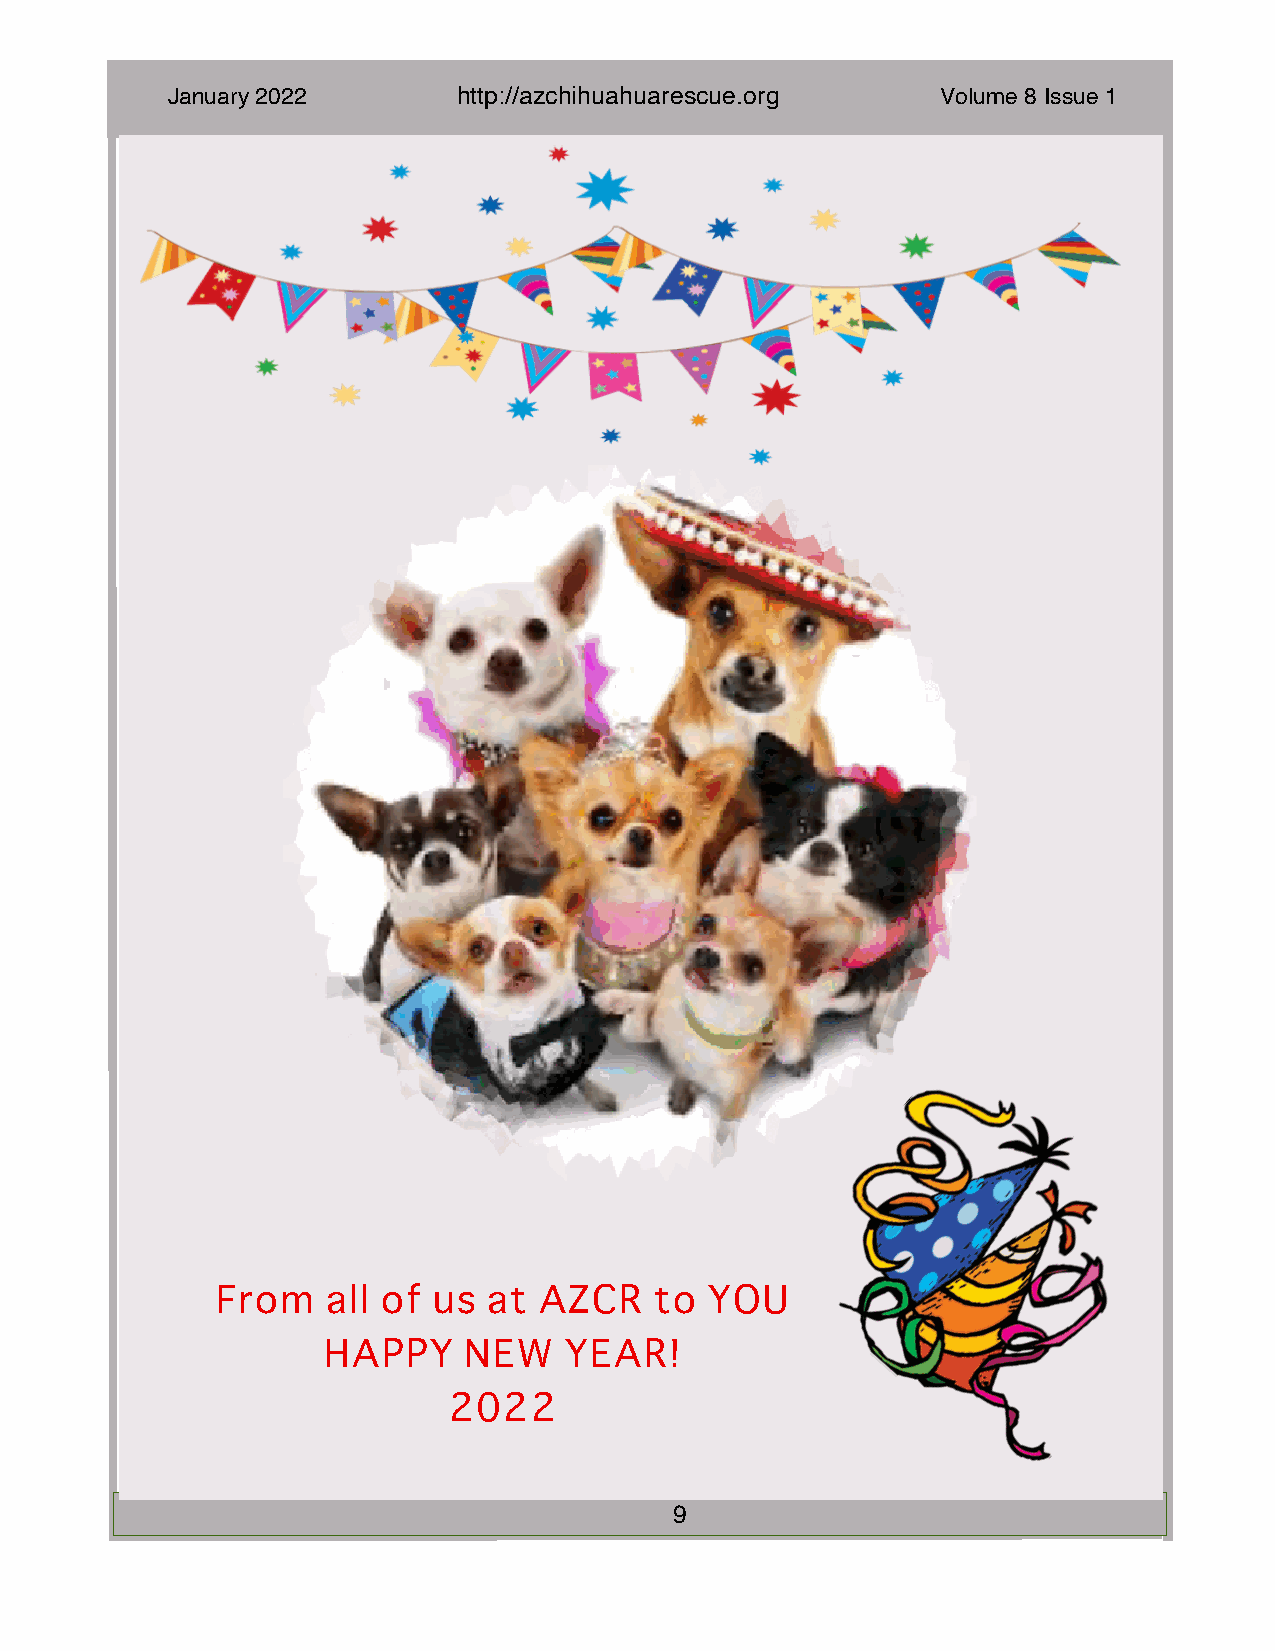
January 2022       h t t p : / / a z c hihua h u a r e s c u e . o r g Volume 8 Issue 1
 From    all of us at  AZCR   to  YOU
 HAPPY     NEW   YEAR!
 2022
 9